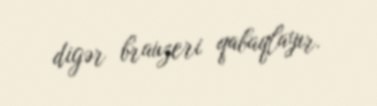
digər brauzeri qabaqlayır.